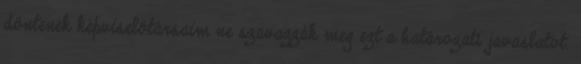
döntenek képviselőtársaim ne szavazzák meg ezt a határozati javaslatot.